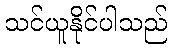
သင်ယူနိုင်ပါသည်